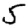
Digit: 5